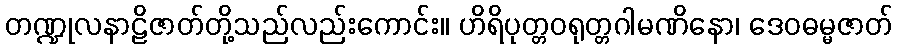
တဏ္ဍုလနာဠိဇာတ်တို့သည်လည်းကောင်း။ ဟိရိပုတ္တဝရုတ္တဂါမဏိနော၊ ဒေဝဓမ္မဇာတ်